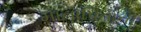
માતાપિતાની